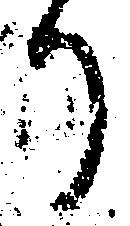
り